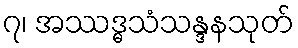
၇၊ အဿဒ္ဓသံသန္ဒနသုတ်